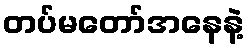
တပ်မတော်အနေနဲ့